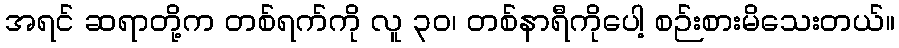
အရင် ဆရာတို့က တစ်ရက်ကို လူ ၃၀၊ တစ်နာရီကိုပေါ့ စဉ်းစားမိသေးတယ်။